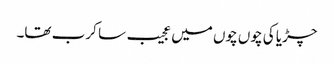
چڑیا کی چوں چوں میں عجیب سا کرب تھا۔